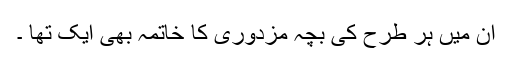
ان میں ہر طرح کی بچہ مزدوری کا خاتمہ بھی ایک تھا ۔